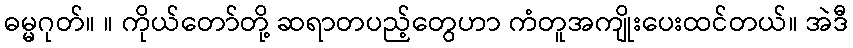
ဓမ္မဂုတ်။ ။ ကိုယ်တော်တို့ ဆရာတပည့်တွေဟာ ကံတူအကျိုးပေးထင်တယ်။ အဲဒီ